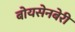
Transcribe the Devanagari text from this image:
बोयसेनबेरी